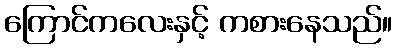
ကြောင်ကလေးနှင့် ကစားနေသည်။